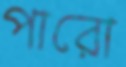
পারো